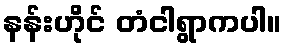
နန်းဟိုင် တံငါရွာကပါ။